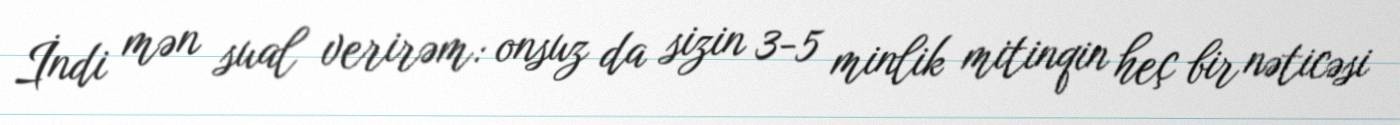
İndi mən sual verirəm: onsuz da sizin 3-5 minlik mitinqin heç bir nəticəsi